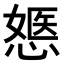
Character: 𢟇